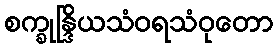
စက္ခုန္ဒြိယသံဝရသံဝုတော